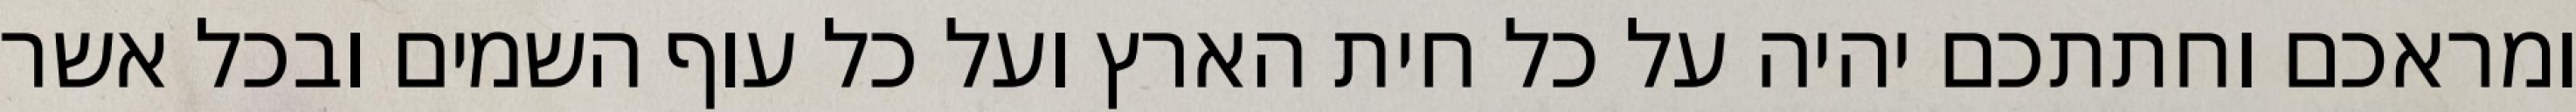
ומראכם וחתתכם יהיה על כל חית הארץ ועל כל עוף השמים ובכל אשר